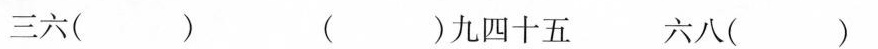
三六( ) （ ）九四十五 六八（ ）